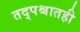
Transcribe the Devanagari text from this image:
तद्पश्चातही